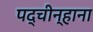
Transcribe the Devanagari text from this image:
पद्चीन्हाना